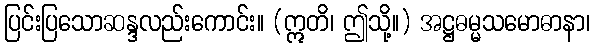
ပြင်းပြသောဆန္ဒလည်းကောင်း။ (ဣတိ၊ ဤသို့။) အဋ္ဌဓမ္မသမောဓာနာ၊